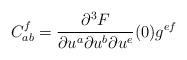
LaTeX: \begin{align*}C_{ab}^f=\frac{\partial^3 F}{\partial u^a \partial u^b \partial u^e}(0)g^{ef}\end{align*}